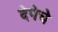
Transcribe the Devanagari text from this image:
देपेचे